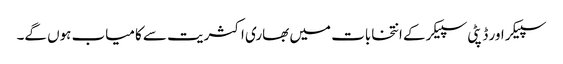
سپیکر اور ڈپٹی سپیکر کے انتخابات میں بھاری اکثریت سے کامیاب ہوں گے۔